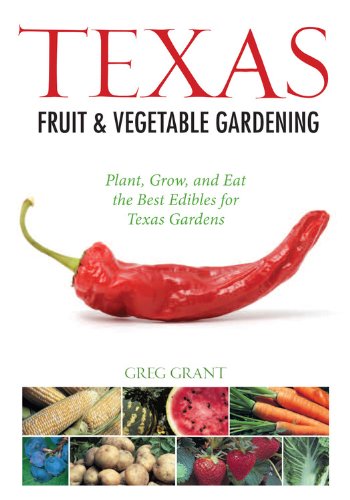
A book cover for Texas Fruit & Vegetable Gardening: Plant, Grow, and Eat the Best Edibles for Texas Gardens (Fruit & Vegetable Gardening Guides); Greg Grant; Crafts, Hobbies & Home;